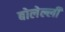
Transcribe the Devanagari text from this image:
बोलेल्ली